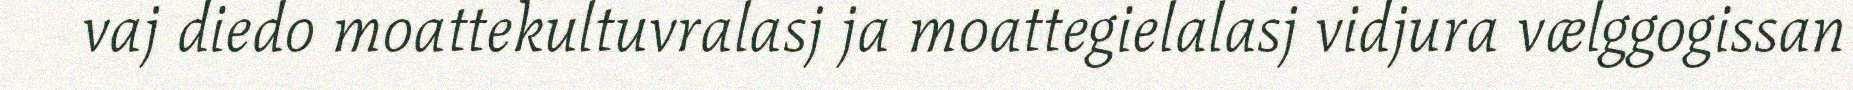
vaj diedo moattekultuvralasj ja moattegielalasj vidjura vælggogissan